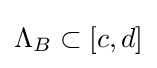
\Lambda _{B}\subset [c,d]